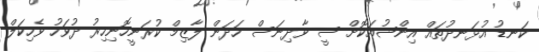
ކަނޑު އުޅަނދުތައް އިންޝުއަކޮށް ސީ ވާދިނަސް ހަދަން ލާޒިމް ކުރަނީހޮނިހިރު ދުވަހު ވެހިކަލް